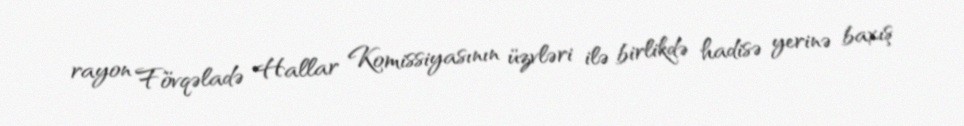
rayon Fövqəladə Hallar Komissiyasının üzvləri ilə birlikdə hadisə yerinə baxış